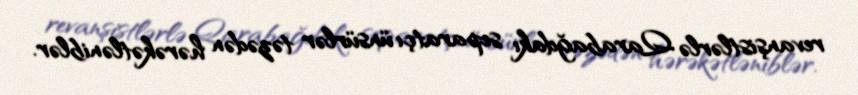
revanşistlərlə Qarabağdakı separatçı ünsürlər təzədən hərəkətləniblər.